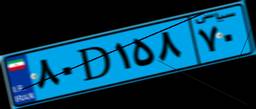
۰۰D۶۸۹۸۱